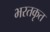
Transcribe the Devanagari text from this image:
भरतकृत